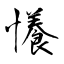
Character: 懩